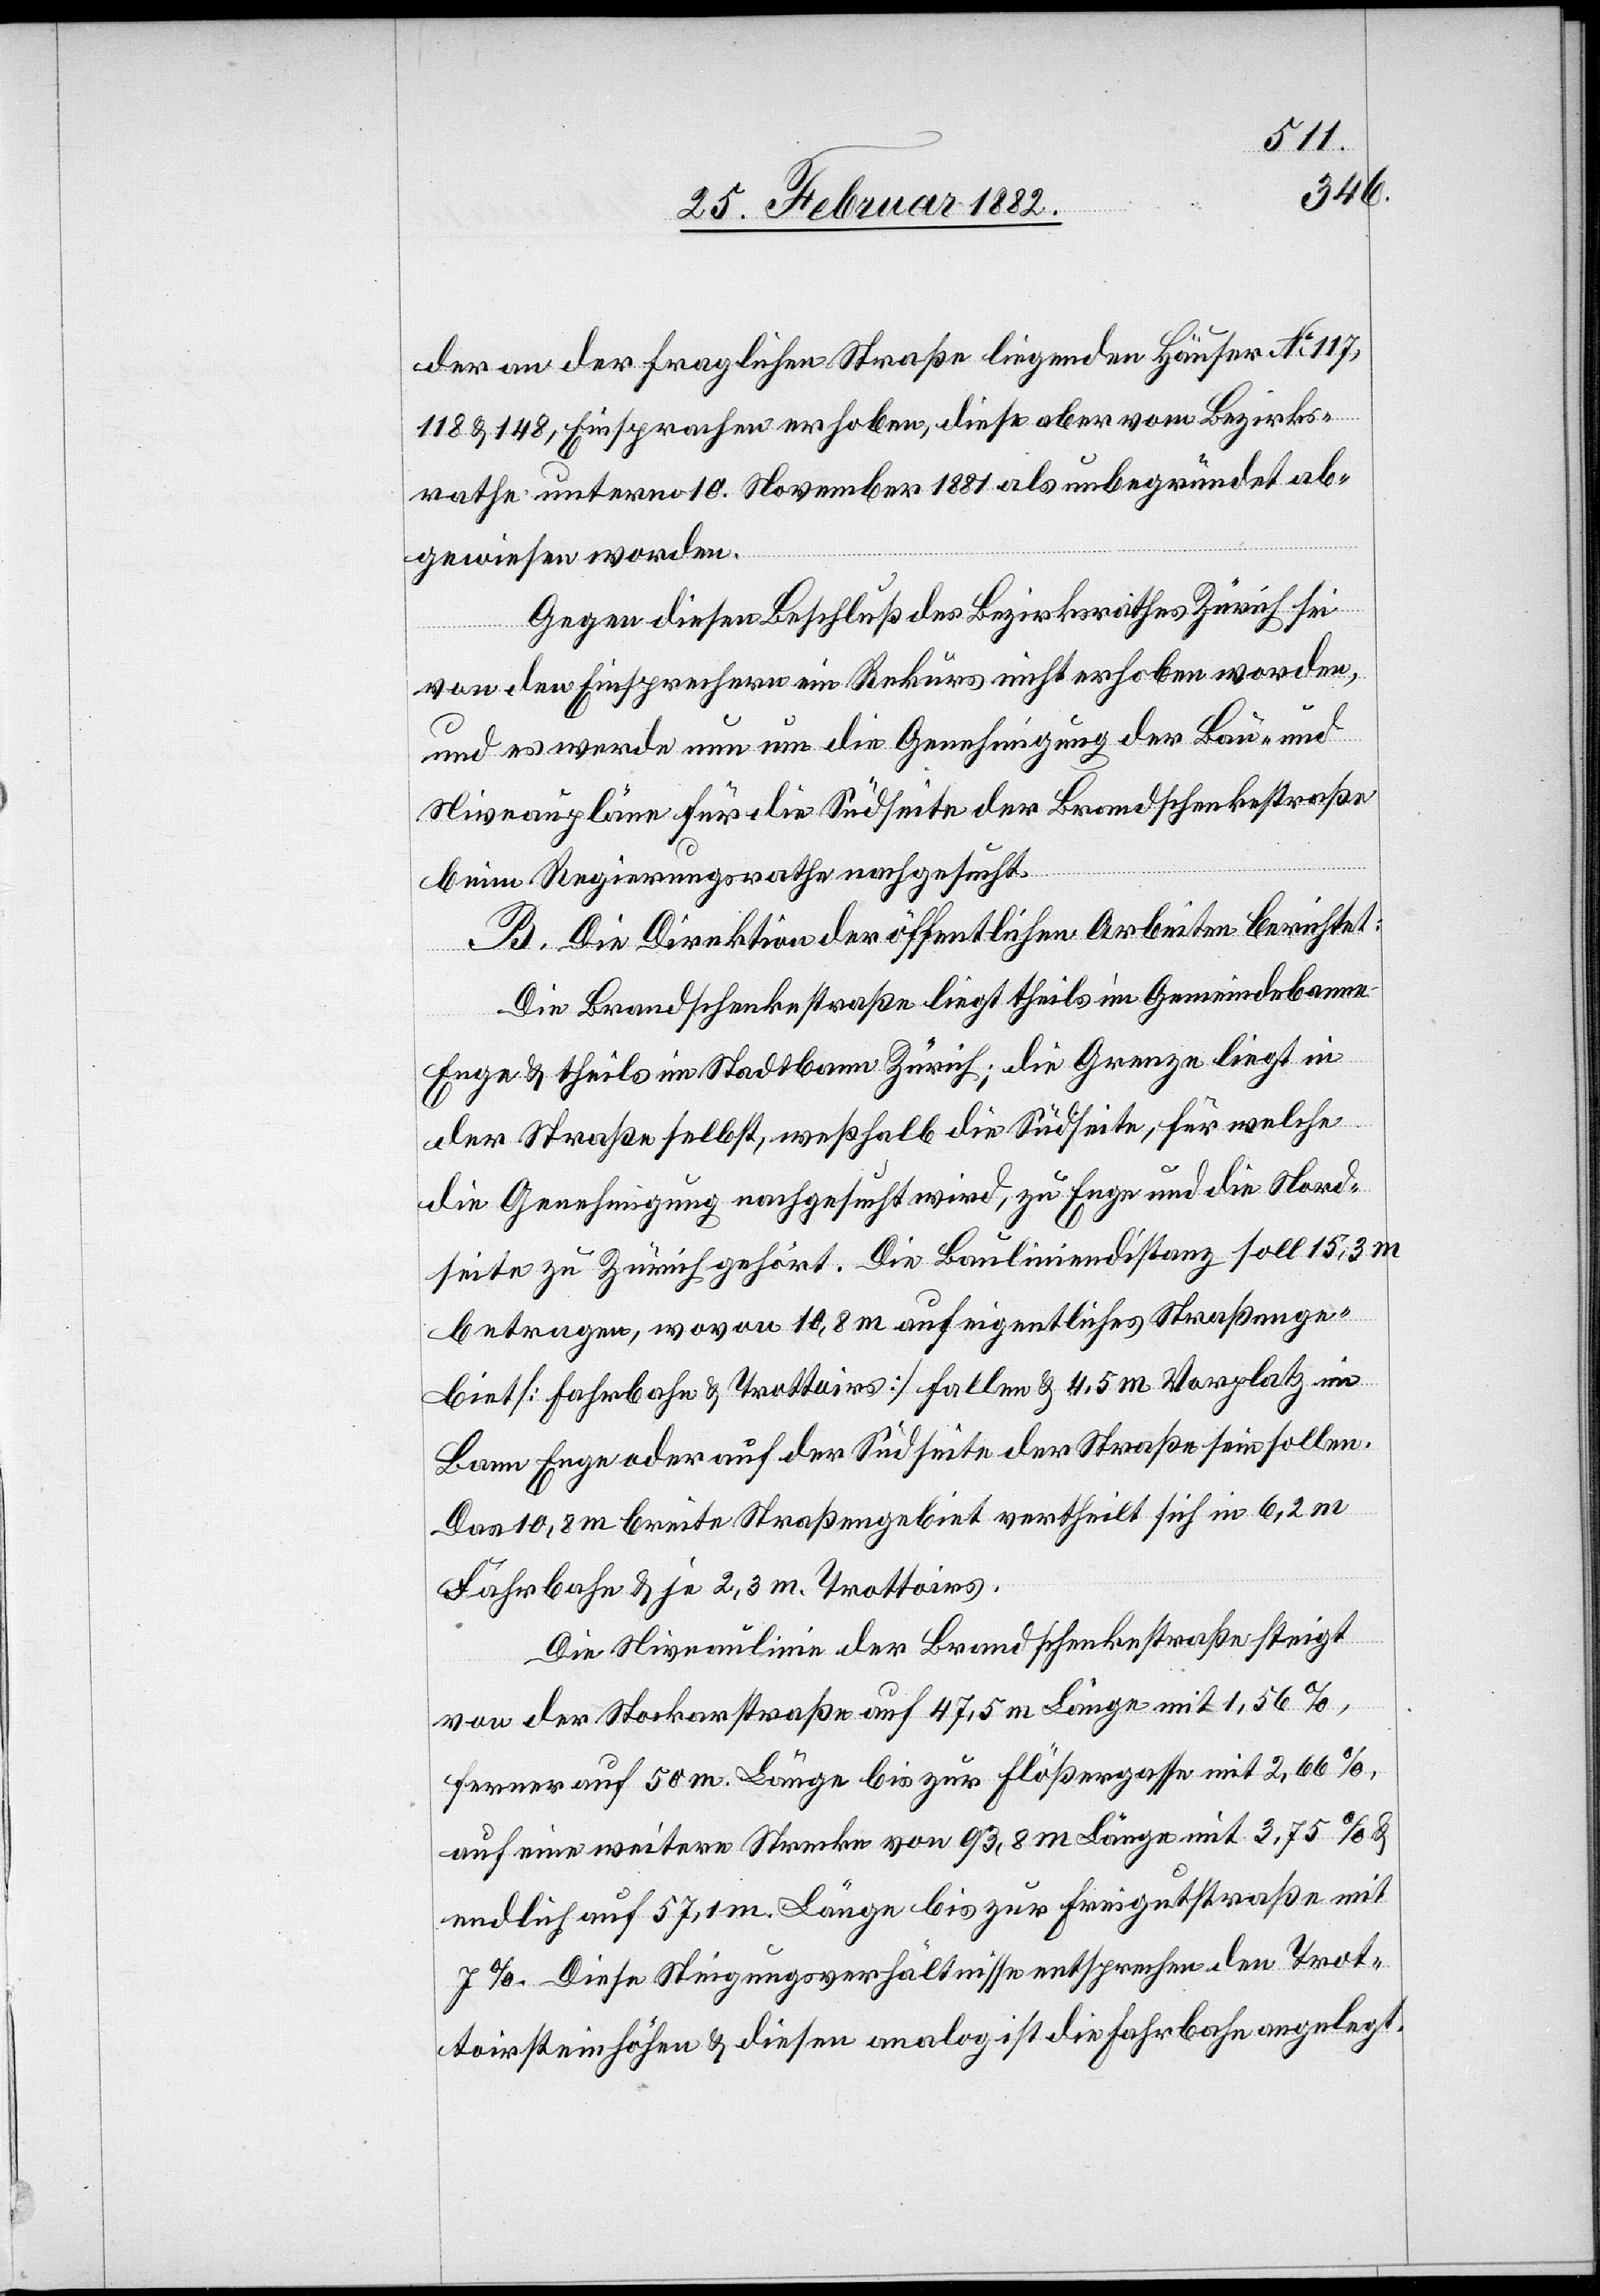
der an der fraglichen Straße liegenden Häuser No 117,
118 & 148, Einsprachen erhoben, diese aber vom Bezirks¬
rathe unterm 10. November 1881 als unbegründet ab¬
gewiesen worden.
Gegen diesen Beschluß des Bezirksrathes Zürich sei
von den Einsprechern ein Rekurs nicht erhoben worden,
und es werde nun um die Genehmigung der Bau- und
Niveaupläne für die Südseite der Brandschenkestraße
beim Regierungsrathe nachgesucht.
B. Die Direktion der öffentlichen Arbeiten berichtet:
Die Brandschenkestraße liegt theils im Gemeindebann
Enge & theils im Stadtbann Zürich; die Grenze liegt in
der Straße selbst, weshalb die Südseite, für welche
die Genehmigung nachgesucht wurde, zu Enge und die Nord¬
seite zu Zürich gehört. Die Bauliniendistanz soll 15,3m
betragen, wovon 10,8m auf eigentliches Straßenge¬
biet [Fahrbahn & Trottoirs] fallen & 4,5m Vorplatz im
Bann Enge oder auf der Südseite der Straße sein sollen.
Das 10.8m breite Straßengebiet vertheilt sich in 6,2m
Fahrbahn & je 2,3m Trottoirs.
Die Niveaulinie der Brandschenkestraße steigt
von der Stockerstraße auf 47,5m. Länge mit 1,56%,
ferner auf 50m. Länge bis zur Flößergasse mit 2,66%
auf eine weitere Strecke von 93,8m Länge mit 3,75%
endlich auf 57,1m. Länge bis zur Freigutstraße mit
7%. Diese Steigungsverhältnisse entsprechen den Trot¬
toirsteinhöhen & diesen analog ist die Fahrbahn angelegt.